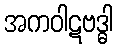
အကဝါဋဗဒ္ဓါ